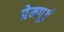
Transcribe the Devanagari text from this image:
प्रेमपूर्व